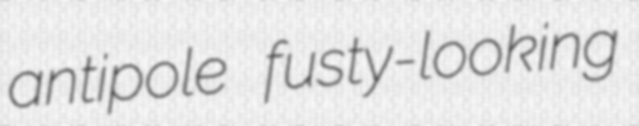
antipole fusty-looking